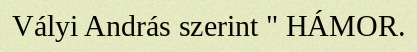
Vályi András szerint " HÁMOR.